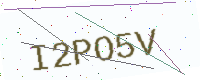
Text: I2PO5V